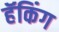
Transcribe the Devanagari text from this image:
हॅकिंग